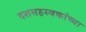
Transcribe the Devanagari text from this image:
दशसहस्त्रकांच्या